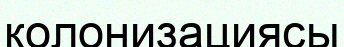
колонизациясы